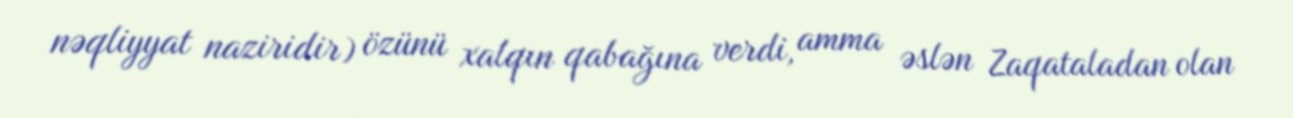
nəqliyyat naziridir) özünü xalqın qabağına verdi, amma əslən Zaqataladan olan